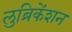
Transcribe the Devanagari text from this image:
लुब्रिकेंशन